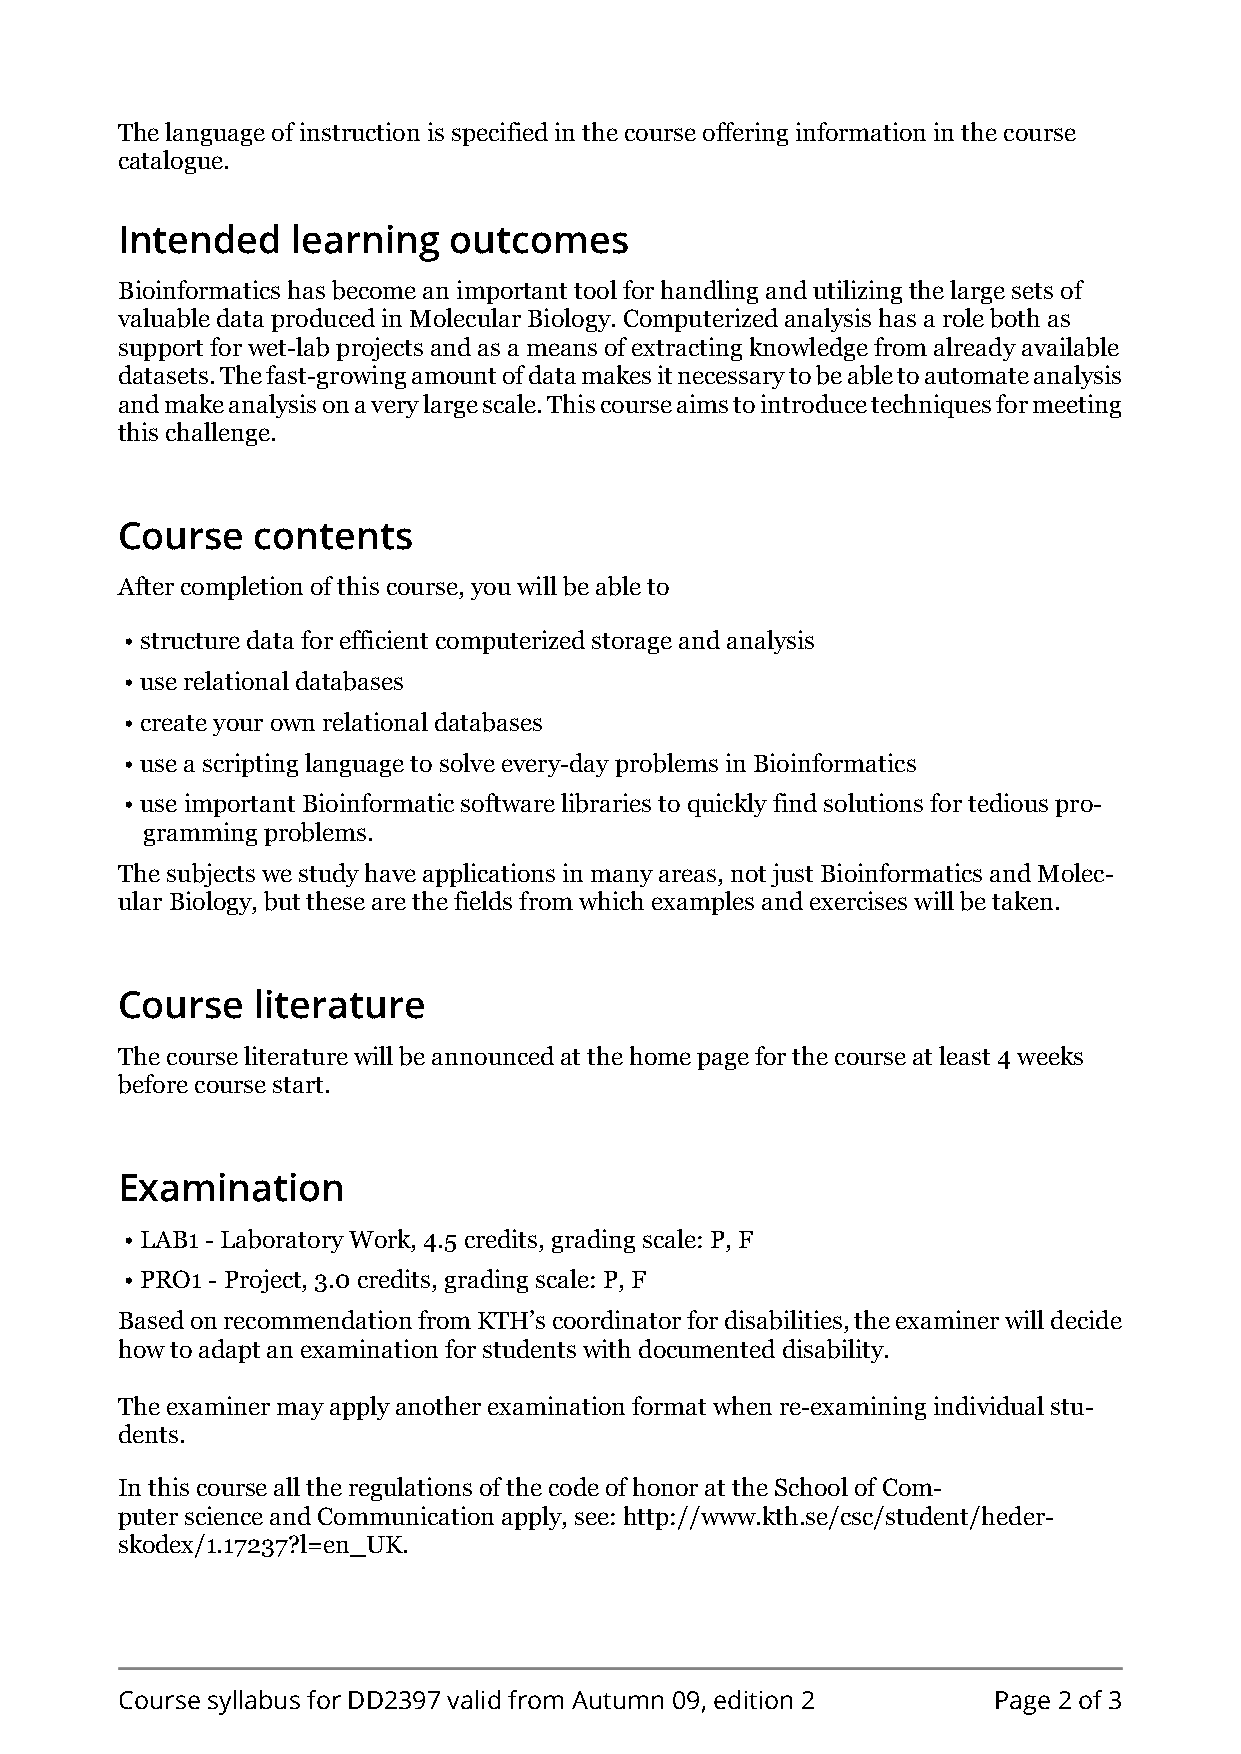
The language of instruction is specified in the course offering information in the course
 catalogue.
 Intended   learning   outcomes
 Bioinformatics has become an important tool for handling and utilizing the large sets of
 valuable data produced in Molecular Biology. Computerized analysis has a role both as
 support for wet-lab projects and as a means of extracting knowledge from already available
 datasets. The fast-growing amount of data makes it necessary to be able to automate analysis
 and make analysis on a very large scale. This course aims to introduce techniques for meeting
 this challenge.
 Course   contents
 After completion of this course, you will be able to
 • structure data for efficient computerized storage and analysis
 • use relational databases
 • create your own relational databases
 • use a scripting language to solve every-day problems in Bioinformatics
 • use important Bioinformatic software libraries to quickly find solutions for tedious pro-
 gramming problems.
 The subjects we study have applications in many areas, not just Bioinformatics and Molec-
 ular Biology, but these are the fields from which examples and exercises will be taken.
 Course   literature
 The course literature will be announced at the home page for the course at least 4 weeks
 before course start.
 Examination
 • LAB1 - Laboratory Work, 4.5 credits, grading scale: P, F
 • PRO1 - Project, 3.0 credits, grading scale: P, F
 Based on recommendation from KTH’s coordinator for disabilities, the examiner will decide
 how to adapt an examination for students with documented disability.
 The examiner may apply another examination format when re-examining individual stu-
 dents.
 In this course all the regulations of the code of honor at the School of Com-
 puter science and Communication apply, see: http://www.kth.se/csc/student/heder-
 skodex/1.17237?l=en_UK.
 Course syllabus for DD2397 valid from Autumn 09, edition 2 Page 2 of 3